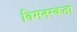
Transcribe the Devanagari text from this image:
विमनस्कता